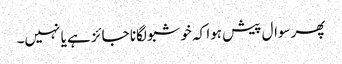
پھرسوال پیش ہوا کہ خوشبو لگانا جائز ہے یا نہیں۔